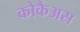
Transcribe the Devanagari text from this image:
कोकैअस